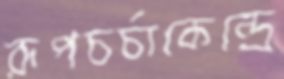
রূপচর্চাকেন্দ্রে